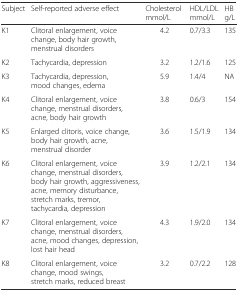
<table><thead><tr><td><b>Subject</b></td><td><b>Self-reported adverse effect</b></td><td><b>Cholesterol mmol/L</b></td><td><b>HDL/LDL mmol/L</b></td><td><b>HB g/L</b></td></tr></thead><tbody><tr><td>K1</td><td>Clitoral enlargement, voice change, body hair growth, menstrual disorders</td><td>4.2</td><td>0.7/3.3</td><td>135</td></tr><tr><td>K2</td><td>Tachycardia, depression</td><td>3.2</td><td>1.2/1.6</td><td>125</td></tr><tr><td>K3</td><td>Tachycardia, depression, mood changes, edema</td><td>5.9</td><td>1.4/4</td><td>NA</td></tr><tr><td>K4</td><td>Clitoral enlargement, voice change, menstrual disorders, acne, body hair growth</td><td>3.8</td><td>0.6/3</td><td>154</td></tr><tr><td>K5</td><td>Enlarged clitoris, voice change, body hair growth, acne, menstrual disorder</td><td>3.6</td><td>1.5/1.9</td><td>134</td></tr><tr><td>K6</td><td>Clitoral enlargement, voice change, menstrual disorders, body hair growth, aggressiveness, acne, memory disturbance, stretch marks, tremor, tachycardia, depression</td><td>3.9</td><td>1.2/2.1</td><td>134</td></tr><tr><td>K7</td><td>Clitoral enlargement, voice change, menstrual disorders, acne, mood changes, depression, lost hair head</td><td>4.3</td><td>1.9/2.0</td><td>134</td></tr><tr><td>K8</td><td>Clitoral enlargement, voice change, mood swings, stretch marks, reduced breast</td><td>3.2</td><td>0.7/2.2</td><td>128</td></tr></tbody></table>